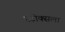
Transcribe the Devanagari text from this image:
स्टोक्सला